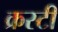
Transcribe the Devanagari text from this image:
क्रस्टी